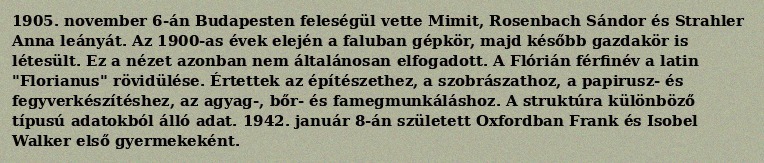
1905. november 6-án Budapesten feleségül vette Mimit, Rosenbach Sándor és Strahler Anna leányát. Az 1900-as évek elején a faluban gépkör, majd később gazdakör is létesült. Ez a nézet azonban nem általánosan elfogadott. A Flórián férfinév a latin "Florianus" rövidülése. Értettek az építészethez, a szobrászathoz, a papirusz- és fegyverkészítéshez, az agyag-, bőr- és famegmunkáláshoz. A struktúra különböző típusú adatokból álló adat. 1942. január 8-án született Oxfordban Frank és Isobel Walker első gyermekeként.